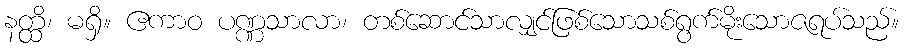
နတ္ထိ၊ မရှိ။ ဧကာဝ ပဏ္ဏသာလာ၊ တစ်ဆောင်သာလျှင်ဖြစ်သောသစ်ရွက်မိုးသောဇရပ်သည်။